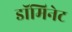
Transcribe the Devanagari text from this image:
डॉमिनेट